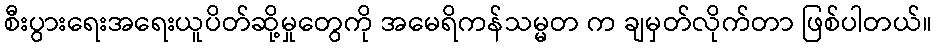
စီးပွားရေးအရေးယူပိတ်ဆို့မှုတွေကို အမေရိကန်သမ္မတ က ချမှတ်လိုက်တာ ဖြစ်ပါတယ်။